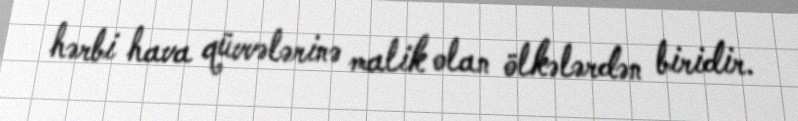
hərbi hava qüvvələrinə malik olan ölkələrdən biridir.